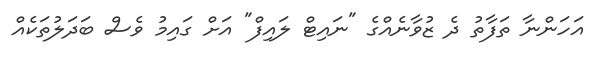
އަހަންނާ ތަފާތު ދެ ޒުވާނެއްގެ "ނައިޓް ލައިފް" އަށް ގައިމު ވެސް ބަދަލުތަކެއް